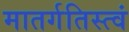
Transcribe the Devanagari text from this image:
मातर्गतिस्त्वं